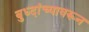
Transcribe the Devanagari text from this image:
बुध्दांच्यावरून